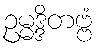
ဥမ္မဒ္ဒိတဗ္ဗံ